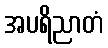
အပရိညာတံ